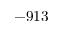
- 9 1 3